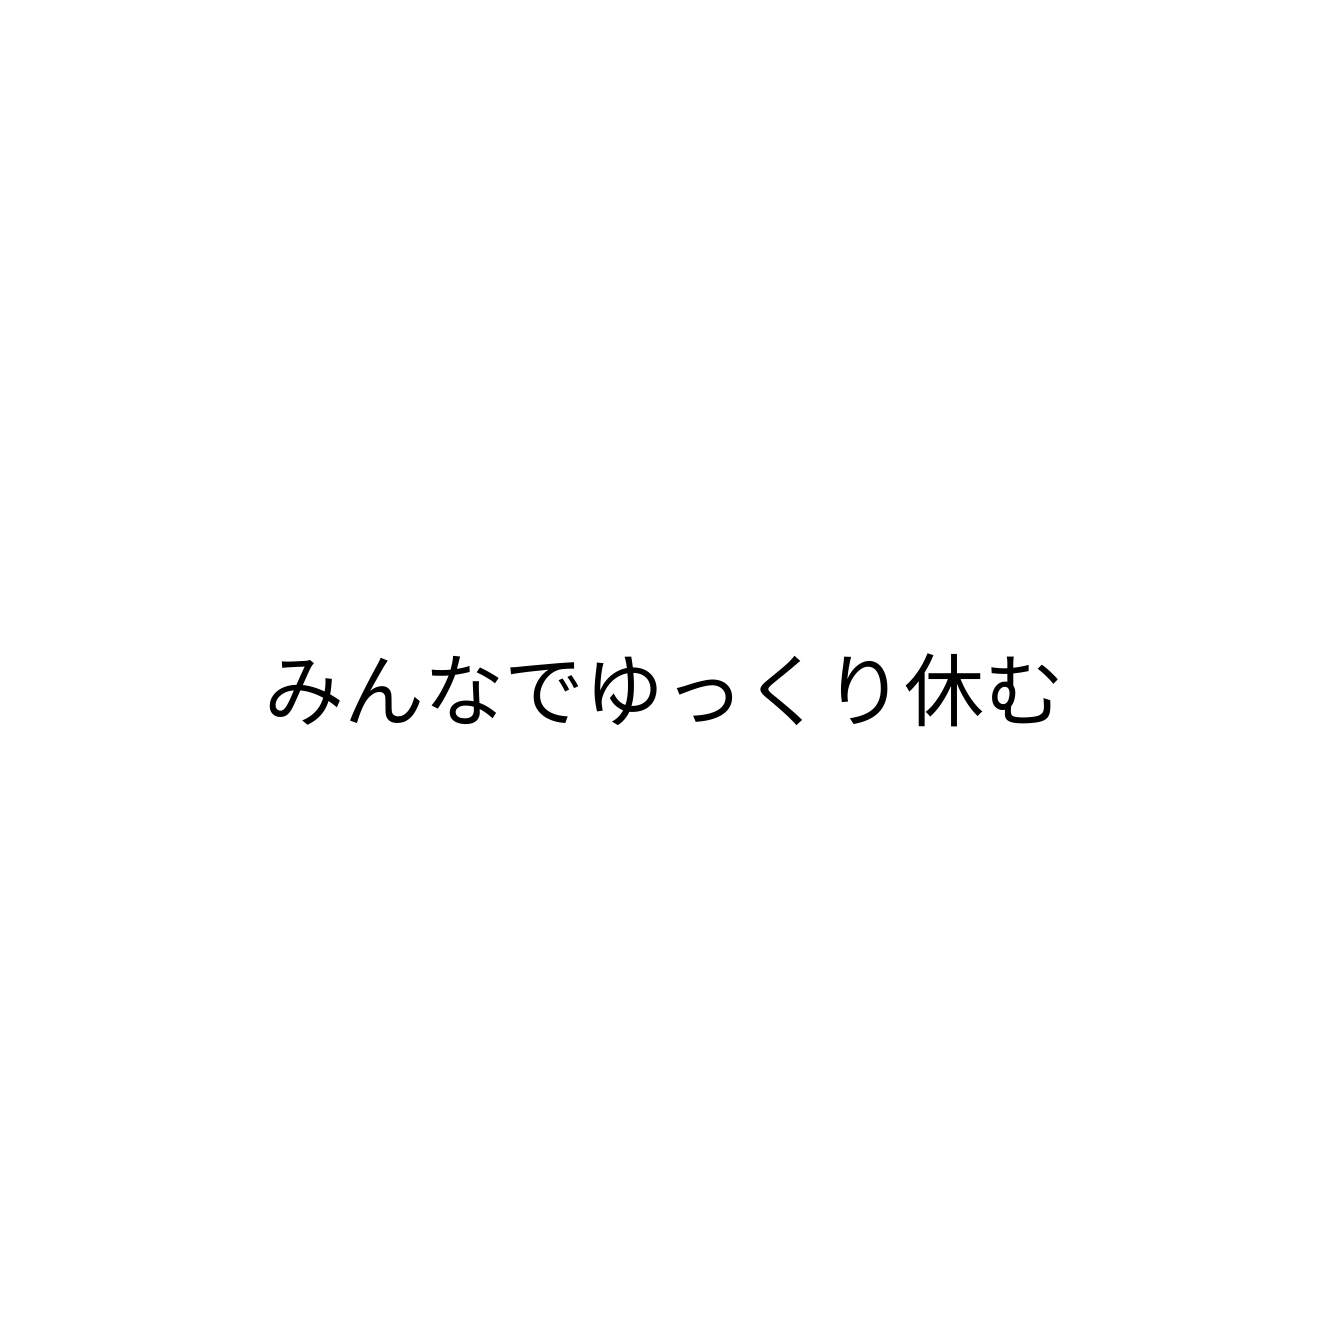
みんなでゆっくり休む